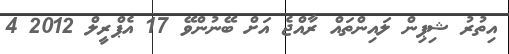
އިތުރު ޝިޕިން ލައިންތައް ރާއްޖެ އަށް ބޭނުންވޭ 17 އެޕްރީލް 2012 4